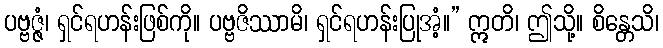
ပဗ္ဗဇ္ဇံ၊ ရှင်ရဟန်းဖြစ်ကို။ ပဗ္ဗဇိဿာမိ၊ ရှင်ရဟန်းပြုအံ့။” ဣတိ၊ ဤသို့။ စိန္တေသိ၊